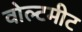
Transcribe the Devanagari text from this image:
वोल्टमीट